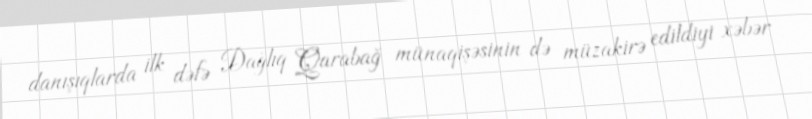
danışıqlarda ilk dəfə Dağlıq Qarabağ münaqişəsinin də müzakirə edildiyi xəbər